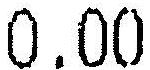
0.00